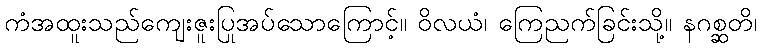
ကံအထူးသည်ကျေးဇူးပြုအပ်သောကြောင့်။ ဝိလယံ၊ ကြေညက်ခြင်းသို့။ နဂစ္ဆတိ၊